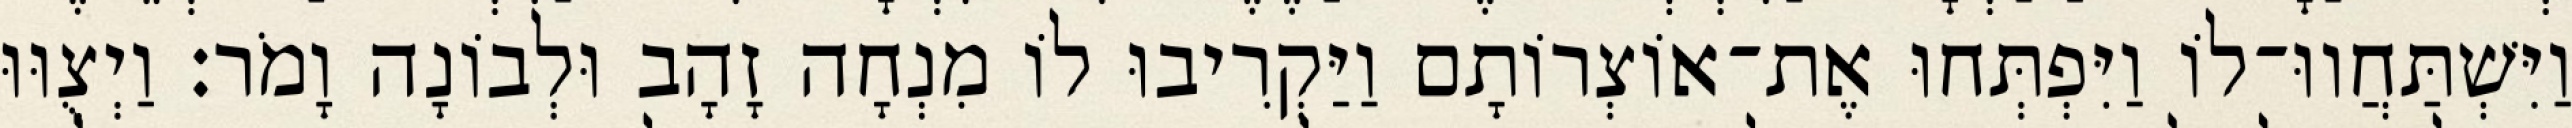
וַיִּשְׁתַּחֲווּ־לוֹ וַיִּפְתְּחוּ אֶת־אוֹצְרוֹתָם וַיַּקְרִיבוּ לוֹ מִנְחָה זָהָב וּלְבוֹנָה וָמֹר׃ וַיְצֻוּוּ